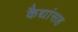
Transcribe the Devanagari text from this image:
कैद्यांसह